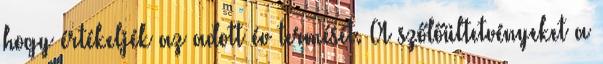
hogy értékeljék az adott év termését. A szőlőültetvényeket a